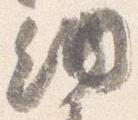
納